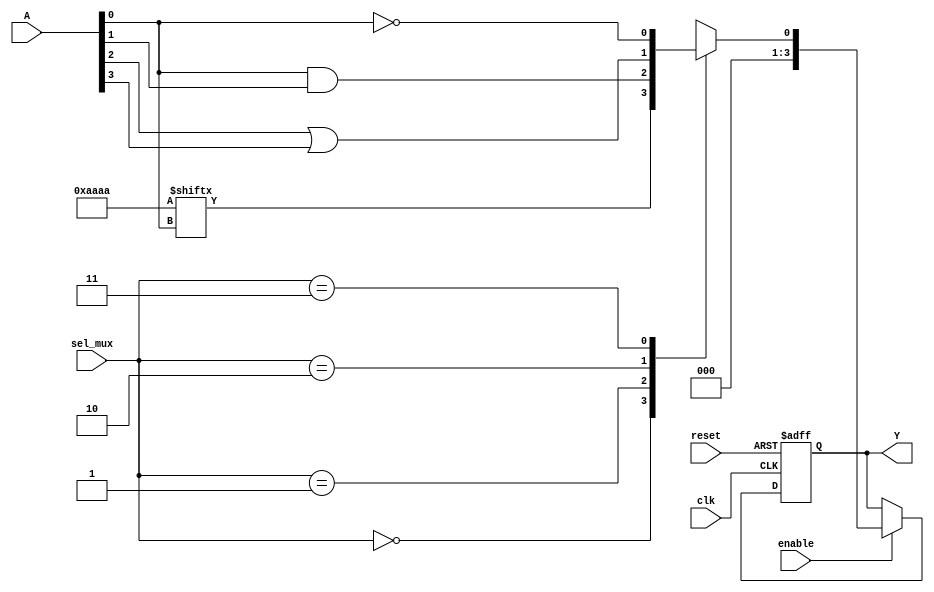
module CLB (
    input  wire [3:0] A,           // 4-bit input for LUT
    input  wire [1:0] sel_mux,     // 2-bit select for multiplexer
    input  wire enable,             // Enable signal for outputs
    input  wire clk,                // Clock input (if needed for synchronous logic)
    input  wire reset,              // Reset signal
    output reg [3:0] Y              // 4-bit output
);

    // LUT configuration (example truth table for a 4-input LUT)
    reg [15:0] LUT = 16'b1010101010101010; // Example truth table values

    // Intermediate outputs from LUT
    wire [3:0] LUT_out;
    assign LUT_out = {LUT[A[3]], LUT[A[2]], LUT[A[1]], LUT[A[0]]};

    // Additional logic gates
    wire AND_out;
    wire OR_out;
    wire NOT_out;

    assign AND_out = A[0] & A[1];       // AND gate example
    assign OR_out = A[2] | A[3];        // OR gate example
    assign NOT_out = ~A[0];             // NOT gate example

    // Multiplexer to select from different outputs
    wire mux_out;
    always @(*) begin
        case (sel_mux)
            2'b00: mux_out = LUT_out[0];  // Select LUT output
            2'b01: mux_out = AND_out;     // Select AND output
            2'b10: mux_out = OR_out;      // Select OR output
            2'b11: mux_out = NOT_out;     // Select NOT output
            default: mux_out = 1'b0;      // Default case
        endcase
    end

    // Output logic with enable control and reset logic
    always @(posedge clk or posedge reset) begin
        if (reset) begin
            Y <= 4'b0000;                // Reset output to known state
        end else if (enable) begin
            Y <= {3'b000, mux_out};      // Assign selected output to Y
        end else begin
            Y <= Y;                      // Maintain current output if not enabled
        end
    end

endmodule